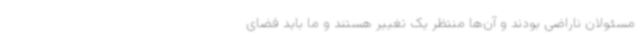
مسئولان ناراضی بودند و آن‌ها منتظر یک تغییر هستند و ما باید فضای